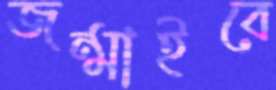
জন্মাইবে